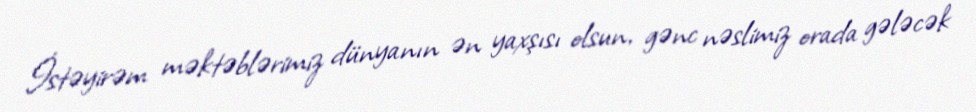
İstəyirəm məktəblərimiz dünyanın ən yaxşısı olsun, gənc nəslimiz orada gələcək